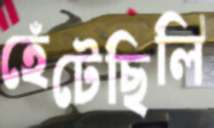
হেঁটেছিলি